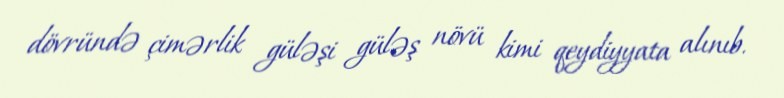
dövründə çimərlik güləşi güləş növü kimi qeydiyyata alınıb.